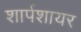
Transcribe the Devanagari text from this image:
शार्पशायर